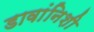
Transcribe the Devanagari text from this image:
डावांनिशी